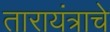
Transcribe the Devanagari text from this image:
तारायंत्राचे